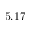
5 . 1 7